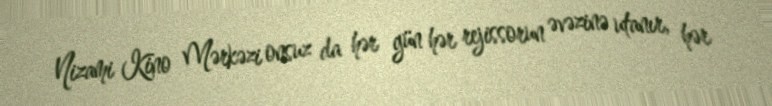
Nizami Kino Mərkəzi onsuz da hər gün hər rejissorun əvəzinə utanır, hər